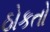
ઠોકતો